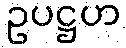
ဥပဋ္ဌဟ